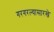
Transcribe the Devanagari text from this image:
गरगरल्यासारखे